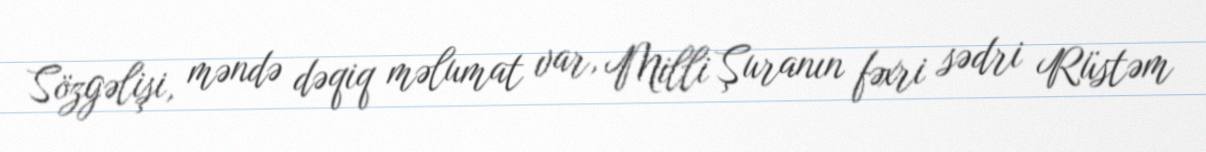
Sözgəlişi, məndə dəqiq məlumat var, Milli Şuranın fəxri sədri Rüstəm